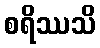
စရိဿသိ